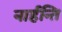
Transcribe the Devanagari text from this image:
नार्हन्ति